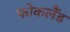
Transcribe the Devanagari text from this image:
फोकलैंड